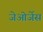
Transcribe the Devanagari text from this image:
जेओर्जेस